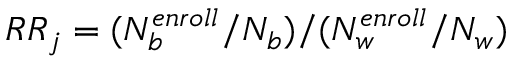
R R _ { j } = ( N _ { b } ^ { e n r o l l } / N _ { b } ) / ( N _ { w } ^ { e n r o l l } / N _ { w } )